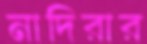
নাদিরার